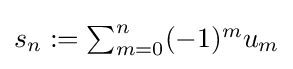
{\textstyle s_{n}:=\sum _{m=0}^{n}(-1)^{m}u_{m}}